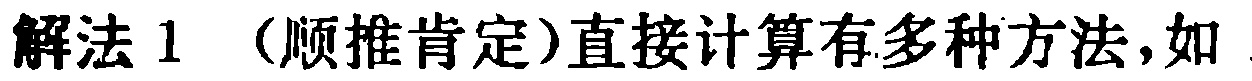
解法1 （顺推肯定）直接计算有多种方法，如